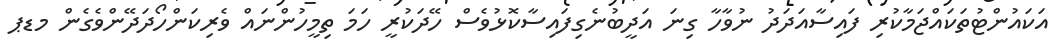
އަކައުންޓުތަކައްޖަމާކުރި ފައިސާއަދަދު ނުވާހާ ގިނަ އަދީބުނެގިފައިސާކޮޅުވެސް ހޭދަކުރީ ހަމަ ތިމީހުންނައް ވެރިކަންހޯދަދޭންވެގެން މޑޕ